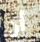
أن